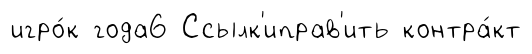
игро́к года6 Ссылк'иправ'ить контра́кт